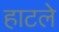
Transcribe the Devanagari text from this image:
हाटले